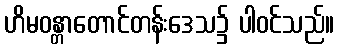
ဟိမဝန္တာတောင်တန်းဒေသ၌ ပါဝင်သည်။